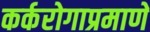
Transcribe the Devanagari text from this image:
कर्करोगाप्रमाणे